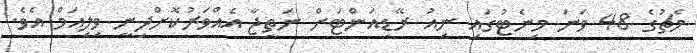
މެޗުގެ 48 ވަނަ މިނެޓުގައި ނިއު ރޭޑިއަންޓަށް ނަތީޖާ އެއްވަރުކޮށްދިނީ ވިލިއަމް އެވެ.